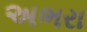
અભરા